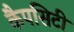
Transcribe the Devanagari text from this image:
कैपसिटी